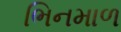
ભિનમાળ